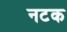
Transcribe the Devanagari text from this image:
नटक